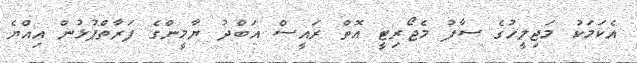
އެކަމަކު މަޖިލީހުގެ ސާފު މެޖޯރިޓީ އޮތް ރައީސް އަބްދު ޔާމީންގެ ފަރާތްޕުޅުން އިއްޔެ